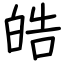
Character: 皓